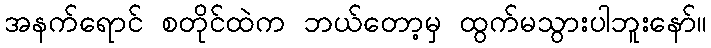
အနက်ရောင် စတိုင်ထဲက ဘယ်တော့မှ ထွက်မသွားပါဘူးနော်။